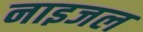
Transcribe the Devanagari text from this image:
नाइजल